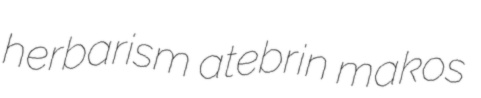
herbarism atebrin makos